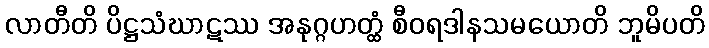
လာတီတိ ပိဋ္ဌသံဃာဋဿ အနုဂ္ဂဟတ္ထံ စီဝရဒါနသမယောတိ ဘူမိပတိ